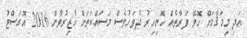
އަދި މިމަޤާމަށް ހޮވޭ ފަރާތެއް ހޮނިހިރު ދުވަހުވެސް މަސައްކަތަށް ހާޒިރުވާން 2016 އޮގަސްޓު